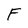
Character: F